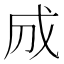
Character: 𢦓